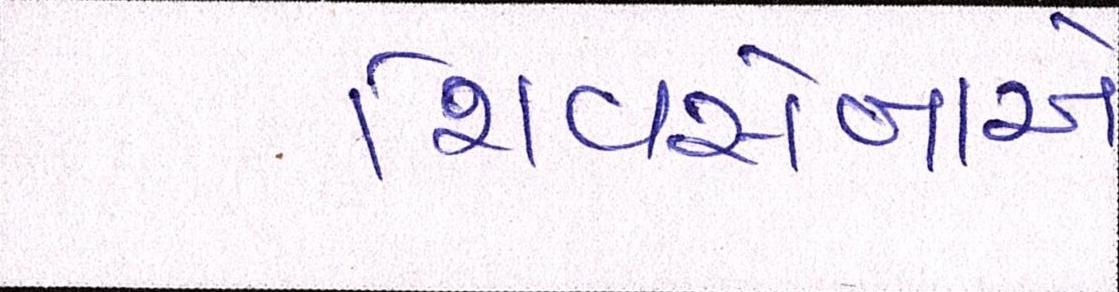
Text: શિવસેનાએ